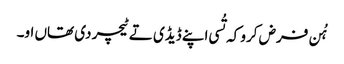
‏ ہُن فرض کرو کہ تُسی اپنے ڈیڈی تے ٹیچر دی تھاں او۔